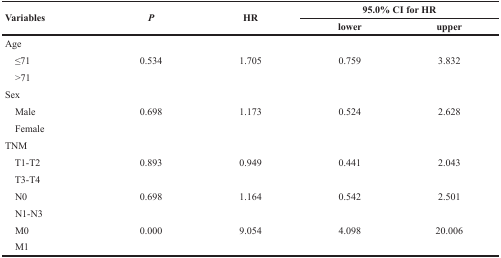
<table><thead><tr><td rowspan="2"><b>Variables</b></td><td rowspan="2"><b><i>P</i></b></td><td rowspan="2"><b>HR</b></td><td colspan="2"><b>95.0% CI for HR</b></td></tr><tr><td><b>lower</b></td><td><b>upper</b></td></tr></thead><tbody><tr><td>Age</td><td></td><td></td><td></td><td></td></tr><tr><td> ≤71</td><td>0.534</td><td>1.705</td><td>0.759</td><td>3.832</td></tr><tr><td> &gt;71</td><td></td><td></td><td></td><td></td></tr><tr><td>Sex</td><td></td><td></td><td></td><td></td></tr><tr><td> Male</td><td>0.698</td><td>1.173</td><td>0.524</td><td>2.628</td></tr><tr><td> Female</td><td></td><td></td><td></td><td></td></tr><tr><td>TNM</td><td></td><td></td><td></td><td></td></tr><tr><td> T1-T2</td><td>0.893</td><td>0.949</td><td>0.441</td><td>2.043</td></tr><tr><td> T3-T4</td><td></td><td></td><td></td><td></td></tr><tr><td> N0</td><td>0.698</td><td>1.164</td><td>0.542</td><td>2.501</td></tr><tr><td> N1-N3</td><td></td><td></td><td></td><td></td></tr><tr><td> M0</td><td>0.000</td><td>9.054</td><td>4.098</td><td>20.006</td></tr><tr><td> M1</td><td></td><td></td><td></td><td></td></tr></tbody></table>